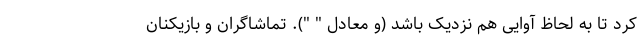
کرد تا به لحاظ آوایی هم نزدیک باشد (و معادل " "). تماشاگران و بازیکنان